Scientific memoirs by medical officers of the Army of India - Part IX,
Year: 1895
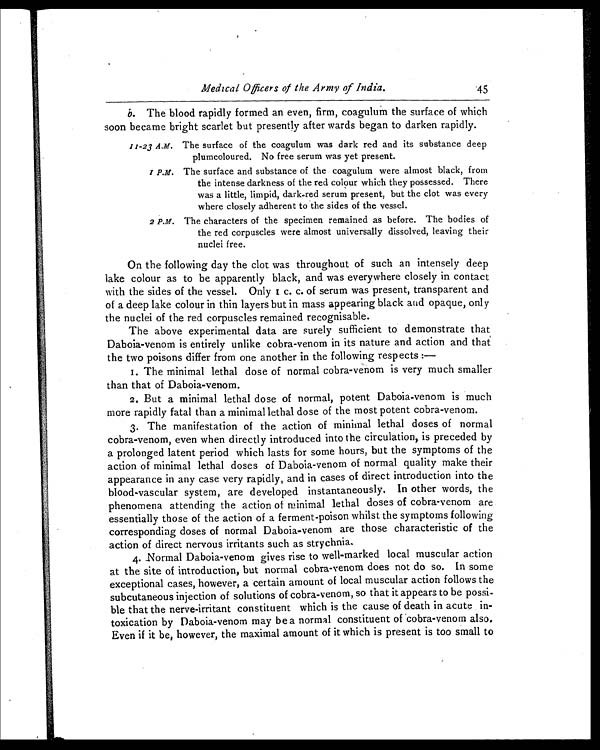
Medical Officers of the Army of India.
45
b. The blood rapidly formed an even, firm, coagulum the surface of which
soon became bright scarlet but presently after wards began to darken rapidly.
11-23 A.M. The surface of the coagulum was dark red and its substance deep
plumcoloured. No free serum was yet present.
1 P . M .
T h e s u r f a c e a n d s u b s t a n c e o f t h e c o a g u l u m w e r e a l m o s t b l a c k , f r o m
the intense darkness of the red colour which they possessed. There
was a little, limpid, dark-red serum present, but the clot was every
where closely adherent to the sides of the vessel.
2 P.M. The characters of the specimen remained as before. The bodies of
the red corpuscles were almost universally dissolved, leaving their
nuclei free.
On the following day the clot was throughout of such an intensely deep
lake colour as to be apparently black, and was everywhere closely in contact
with the sides of the vessel. Only 1 c. c. of serum was present, transparent and
of a deep lake colour in thin layers but in mass appearing black and opaque, only
the nuclei of the red corpuscles remained recognisable.
The above experimental data are surely sufficient to demonstrate that
Daboia-venom is entirely unlike cobra-venom in its nature and action and that
the two poisons differ from one another in the following respects :
—
1. The minimal lethal dose of normal cobra-venom is very much smaller
than that of Daboia-venom.
2. But a minimal lethal dose of normal, potent Daboia-venom is much
more rapidly fatal than a minimal lethal dose of the most potent cobra-venom.
3. The manifestation of the action of minimal lethal doses of normal
cobra-venom, even when directly introduced into the circulation, is preceded by
a prolonged latent period which lasts for some hours, but the symptoms of the
action of minimal lethal doses of Daboia-venom of normal quality make their
appearance in any case very rapidly, and in cases of direct introduction into the
blood-vascular system, are developed instantaneously. In other words, the
phenomena attending the action of minimal lethal doses of cobra-venom are
essentially those of the action of a ferment-poison whilst the symptoms following
corresponding doses of normal Daboia-venom are those characteristic of the
action of direct nervous irritants such as strychnia.
4. Normal Daboia-venom gives rise to well-marked local muscular action
at the site of introduction, but normal cobra-venom does not do so. In some
exceptional cases, however, a certain amount of local muscular action follows the
subcutaneous injection of solutions of cobra-venom, so that it appears to be possi-
ble that the nerve-irritant constituent which is the cause of death in acute in-
toxication by Daboia-venom may be a normal constituent of cobra-venom also.
Even if it be, however, the maximal amount of it which is present is too small to